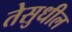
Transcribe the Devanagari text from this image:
तेसुधील